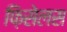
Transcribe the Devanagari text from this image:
फ़िसेलस